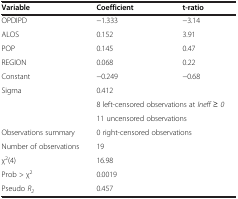
<table><thead><tr><td><b>Variable</b></td><td><b>Coefficient</b></td><td><b>t-ratio</b></td></tr></thead><tbody><tr><td>OPDIPD</td><td>−1.333</td><td>−3.14</td></tr><tr><td>ALOS</td><td>0.152</td><td>3.91</td></tr><tr><td>POP</td><td>0.145</td><td>0.47</td></tr><tr><td>REGION</td><td>0.068</td><td>0.22</td></tr><tr><td>Constant</td><td>−0.249</td><td>−0.68</td></tr><tr><td>Sigma</td><td>0.412</td><td> </td></tr><tr><td> </td><td colspan="2">8 left-censored observations at <i>Ineff ≥ 0</i></td></tr><tr><td> </td><td colspan="2">11 uncensored observations</td></tr><tr><td>Observations summary</td><td colspan="2">0 right-censored observations</td></tr><tr><td>Number of observations</td><td colspan="2">19</td></tr><tr><td>χ<sup>2</sup>(4)</td><td colspan="2">16.98</td></tr><tr><td>Prob &gt; χ<sup>2</sup></td><td colspan="2">0.0019</td></tr><tr><td>Pseudo <i>R</i><sub><i>2</i></sub></td><td colspan="2">0.457</td></tr></tbody></table>